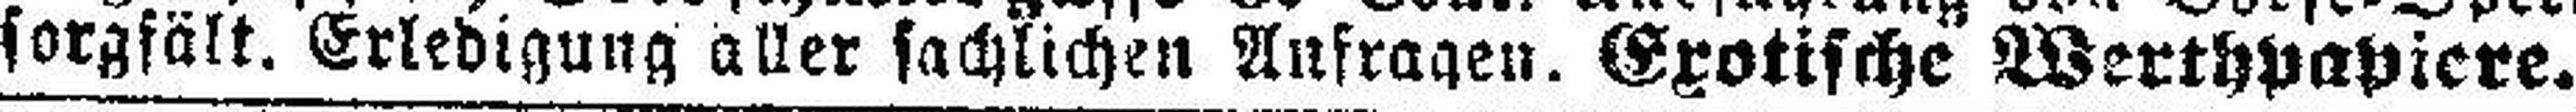
sorgfält. Erledigung aller sachlichen Aufragen. Exotische Werthpapiere.